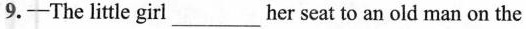
9.-The little girl ___ her seat to an old man on the